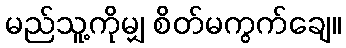
မည်သူ့ကိုမျှ စိတ်မကွက်ချေ။